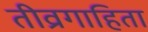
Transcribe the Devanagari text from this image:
तीव्रगाहिता